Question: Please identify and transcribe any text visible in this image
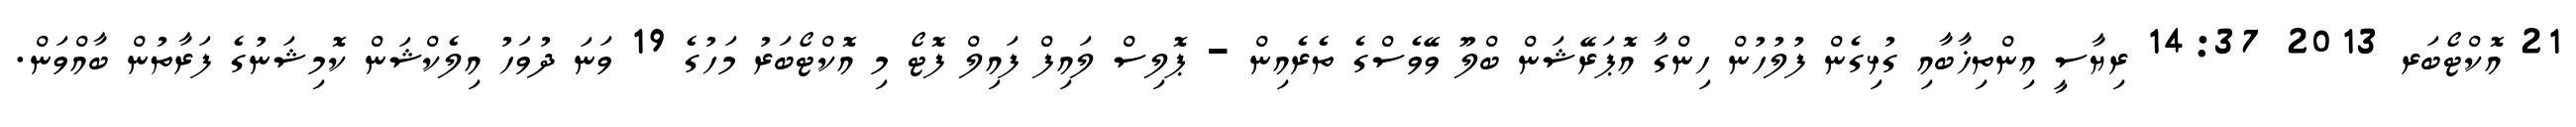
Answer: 21 އޮކްޓޯބަރ 2013 14:37 ރިޔާސީ އިންތިޚާބާއި ގުޅިގެން ފުލުހުން ހިންގާ އޮޕަރޭޝަން ބްލޫ ވޭވެސްގެ ތެރެއިން - ޕޮލިސް ލައިފް ފައިލް ފޮޓޯ މި އޮކްޓޯބަރު މަހުގެ 19 ވަނަ ދުވަހު އިލެކްޝަން ކޮމިޝަނުގެ ފަރާތުން ބާއްވަން.